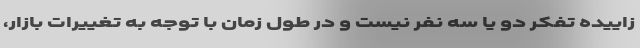
زاییده تفکر دو یا سه نفر نیست و در طول زمان با توجه به تغییرات بازار،